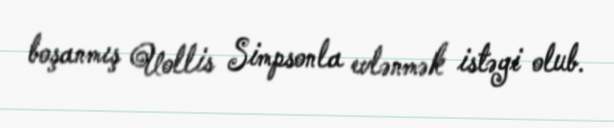
boşanmış Uollis Simpsonla evlənmək istəyi olub.